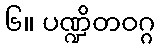
၆။ ပဏ္ဍိတဝဂ္ဂ